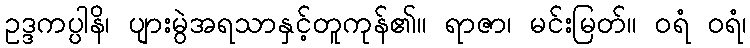
ဥဒ္ဒကပ္ပါနိ၊ ပျားမွဲအရသာနှင့်တူကုန်၏။ ရာဇာ၊ မင်းမြတ်။ ဝရံ ဝရံ၊